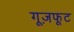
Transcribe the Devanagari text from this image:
गूज़फूट